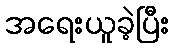
အရေးယူခဲ့ပြီး